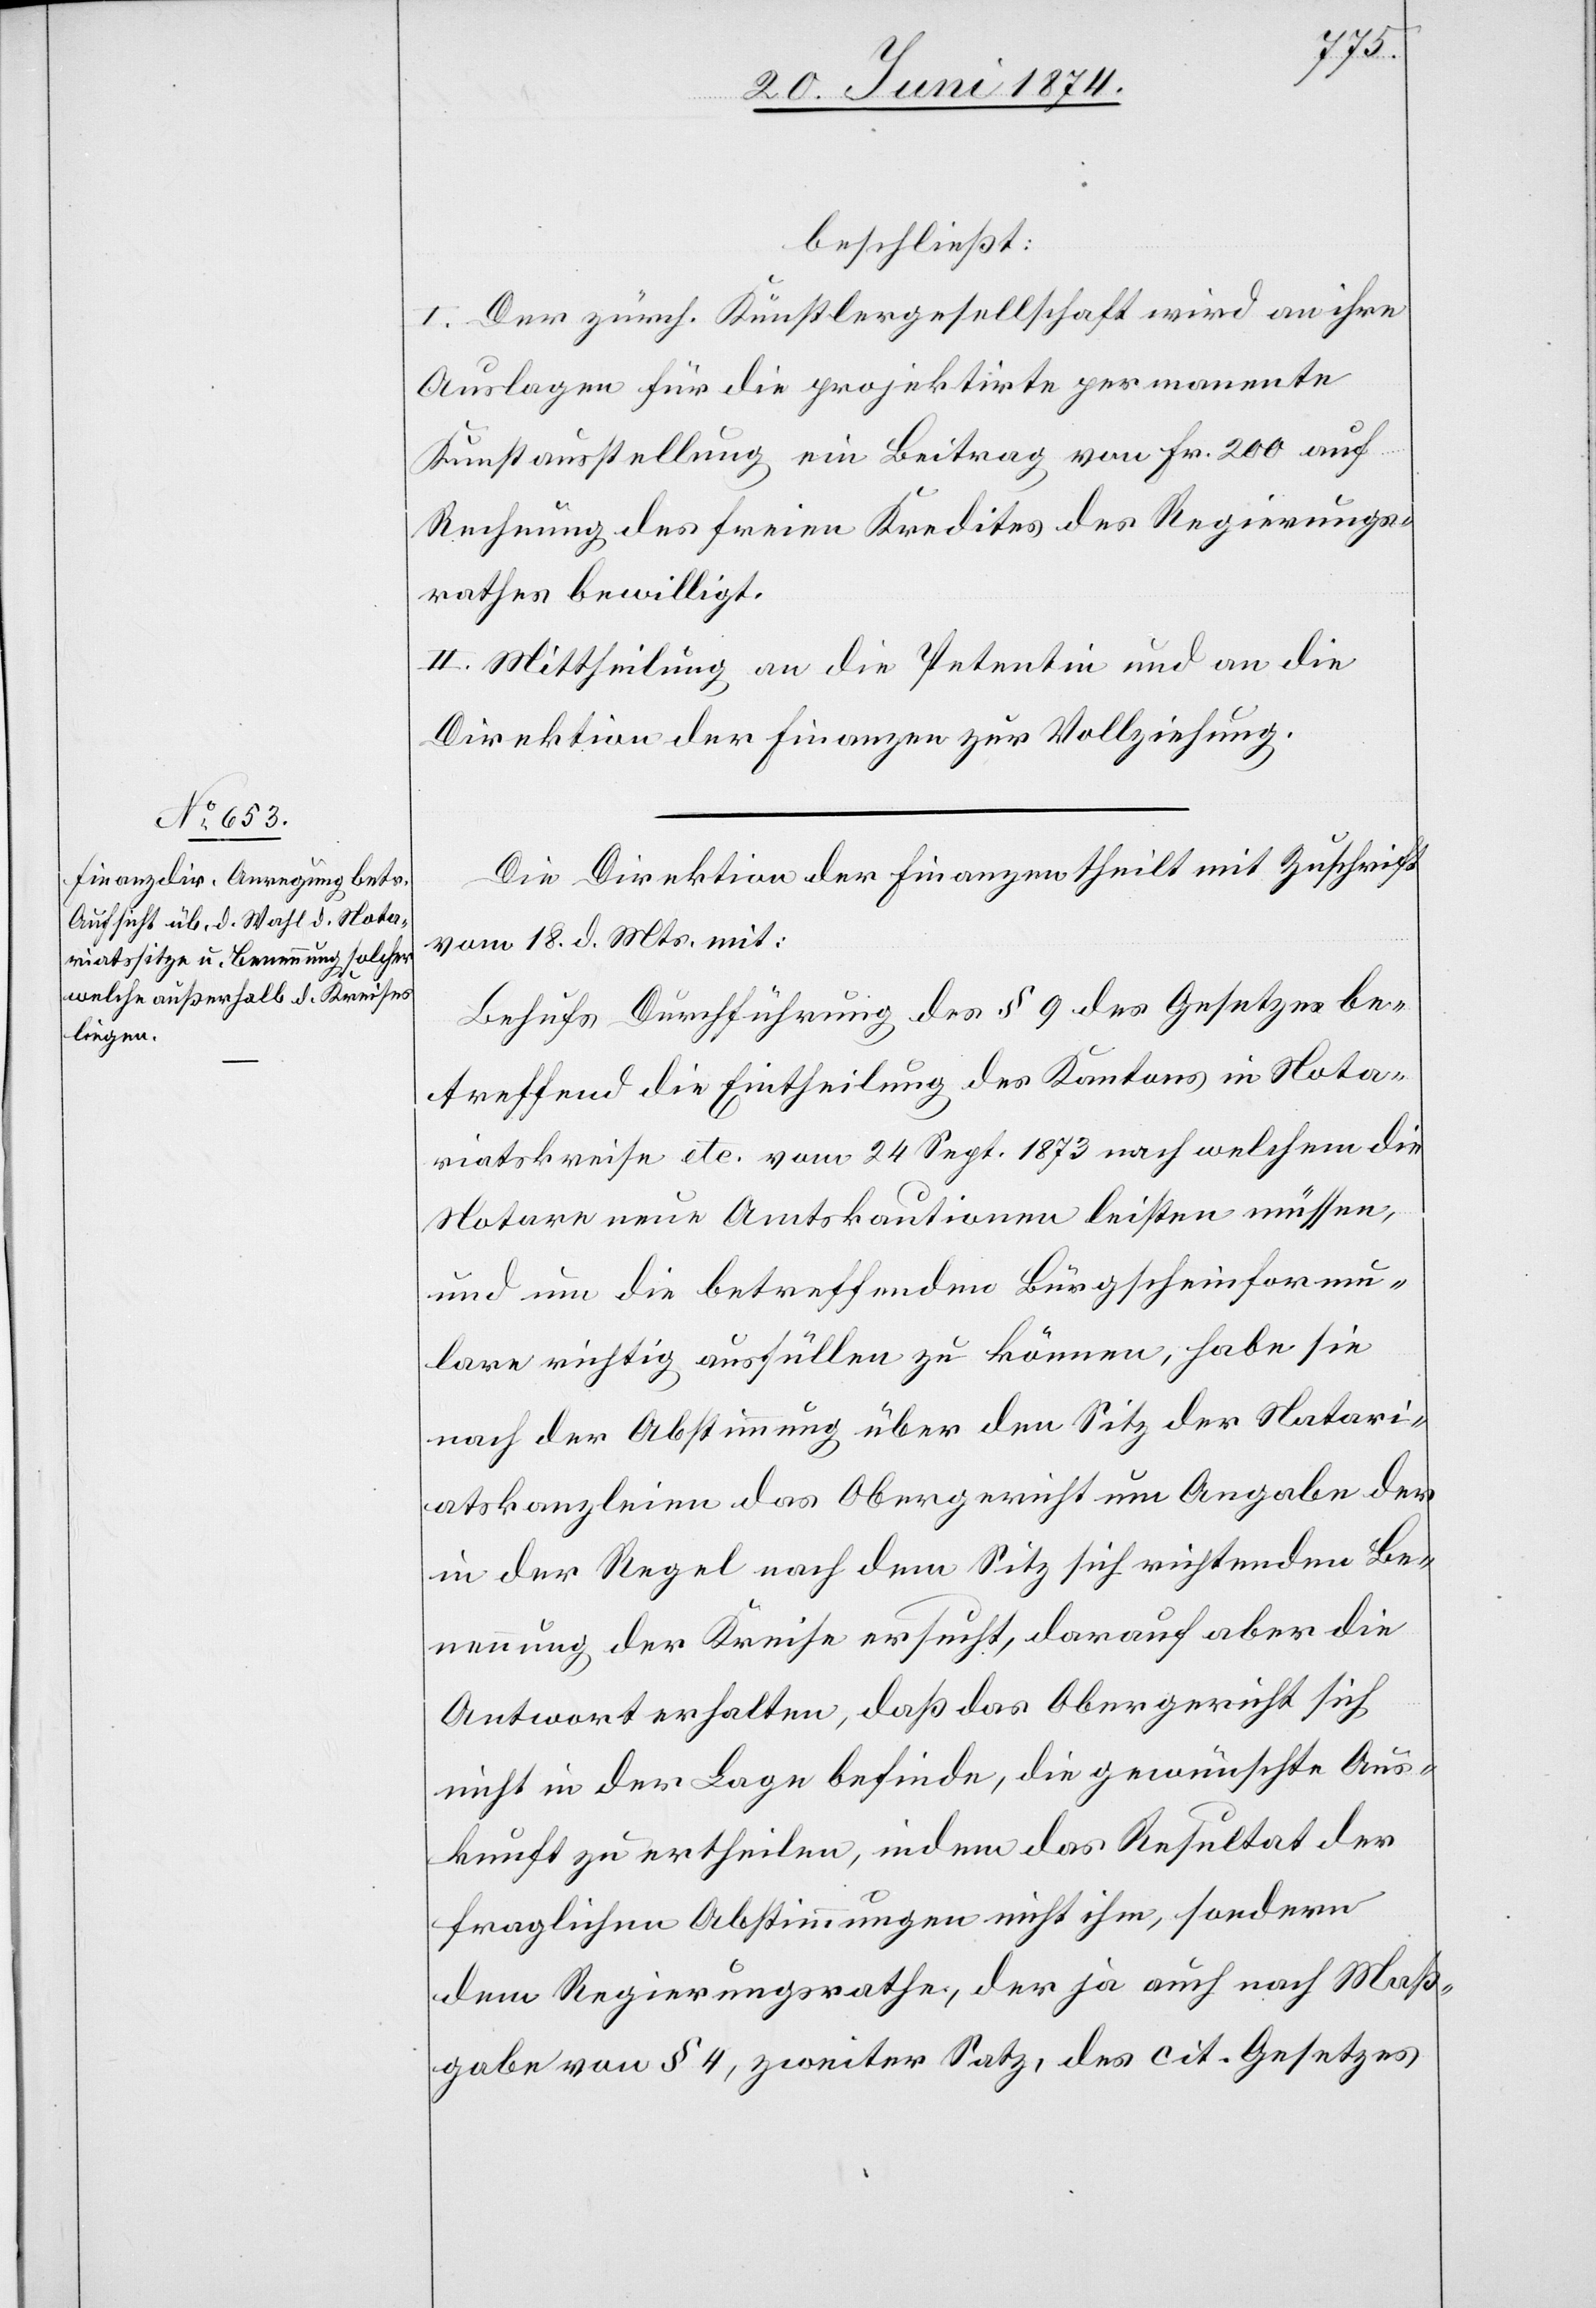
beschließt:
I. Der zürch. Künstlergesellschaft wird an ihre
Auslagen für die projektirte permanente
Kunstausstellung ein Beitrag von Fr. 200 auf
Rechnung des freien Kredites des Regierungs¬
rathes bewilligt.
II. Mittheilung an die Petentin und an die
Direktion der Finanzen zur Vollziehung.
Die Direktion der Finanzen theilt mit Zuschrift
vom 18. d. Mts. mit:
Behufs Durchführung des § 9 des Gesetzes be¬
treffend die Eintheilung des Kantons in Nota¬
riatskreise etc. vom 24. Sept. 1873 nach welchem die
Notare neue Amtskautionen leisten müssen,
und um die betreffenden Bürgscheinformu¬
lare richtig ausfüllen zu können, habe sie
nach der Abstimmung über den Sitz der Notari¬
atskanzleien das Obergericht um Angabe der
in der Regel nach dem Sitz sich richtenden Be¬
nennung der Kreise ersucht, darauf aber die
Antwort erhalten, daß das Obergericht sich
nicht in der Lage befinde, die gewünschte Aus¬
kunft zu ertheilen, indem das Resultat der
fraglichen Abstimmungen nicht ihm sondern
dem Regierungsrathe, der ja auch nach Maß¬
gabe von § 4 zweiter Satz, des cit. Gesetzes